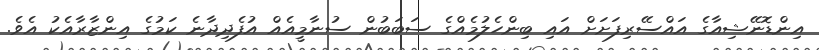
އިންޑޮނޭޝިއާގެ އައްސޭރިފަށަށް އައި ބިންހެލުމެއްގެ ސަބަބުން ސުނާމީއެއް އުފެދިދާނެ ކަމުގެ އިންޒާރާއެކު އެވެ.